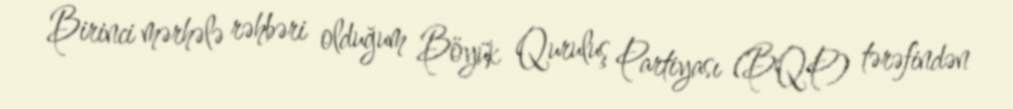
Birinci mərhələ rəhbəri olduğum Böyük Quruluş Partiyası (BQP) tərəfindən